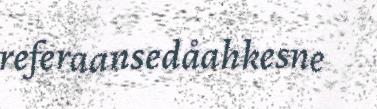
referaansedåahkesne